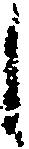
し